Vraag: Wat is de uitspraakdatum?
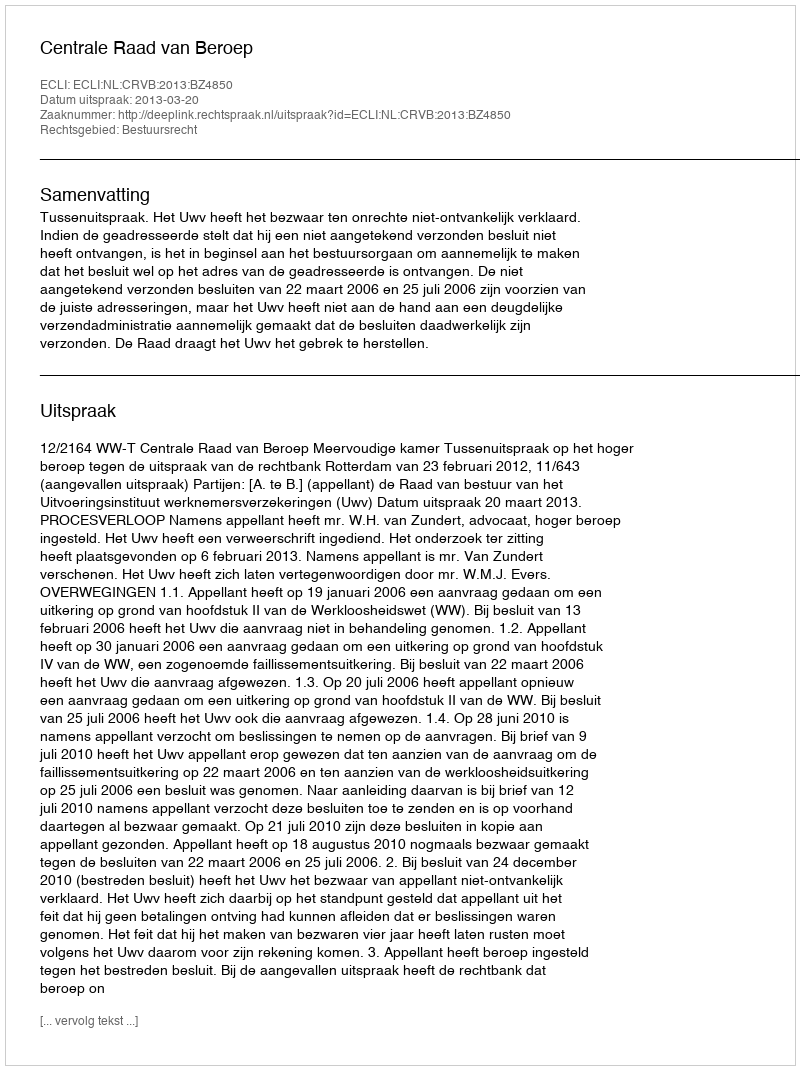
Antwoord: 2013-03-20